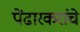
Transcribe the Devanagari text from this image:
पेंढारकरांचे